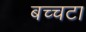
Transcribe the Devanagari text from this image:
बच्चटा